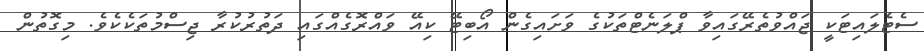
ސެޓެލައިޓަކީ ޖައްވުތެރޭގައިވާ ޕްލަނެޓްތަކުގެ ވަށައިގެން އޯބިޓޭ ކިއޭ ވައްރޮގެއްގައި ދަތުރުކުރާ ޖިސްމުތަކެކެވެ. މިގޮތުން